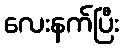
လေးနက်ပြီး